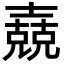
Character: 𡕁